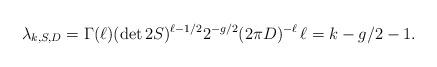
LaTeX: \begin{align*} \lambda_{k,S,D}= \Gamma(\ell)(\det 2S)^{\ell-1/2} 2^{-g/2}(2\pi D)^{-\ell} \, \ell=k-g/2-1.\end{align*}